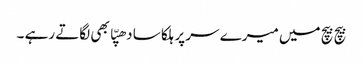
بیچ بیچ میں میرے سر پر ہلکا سا دھپّا بھی لگاتے رہے ۔